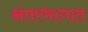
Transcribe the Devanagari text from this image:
अंतरभागात